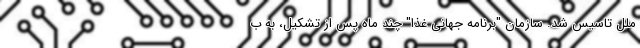
ملل تاسیس شد. سازمان "برنامه جهانی غذا" چند ماه پس از تشکیل، به ب